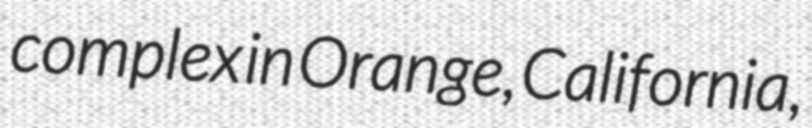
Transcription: complex in Orange, California,